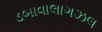
ડબાવાલાગઝલ